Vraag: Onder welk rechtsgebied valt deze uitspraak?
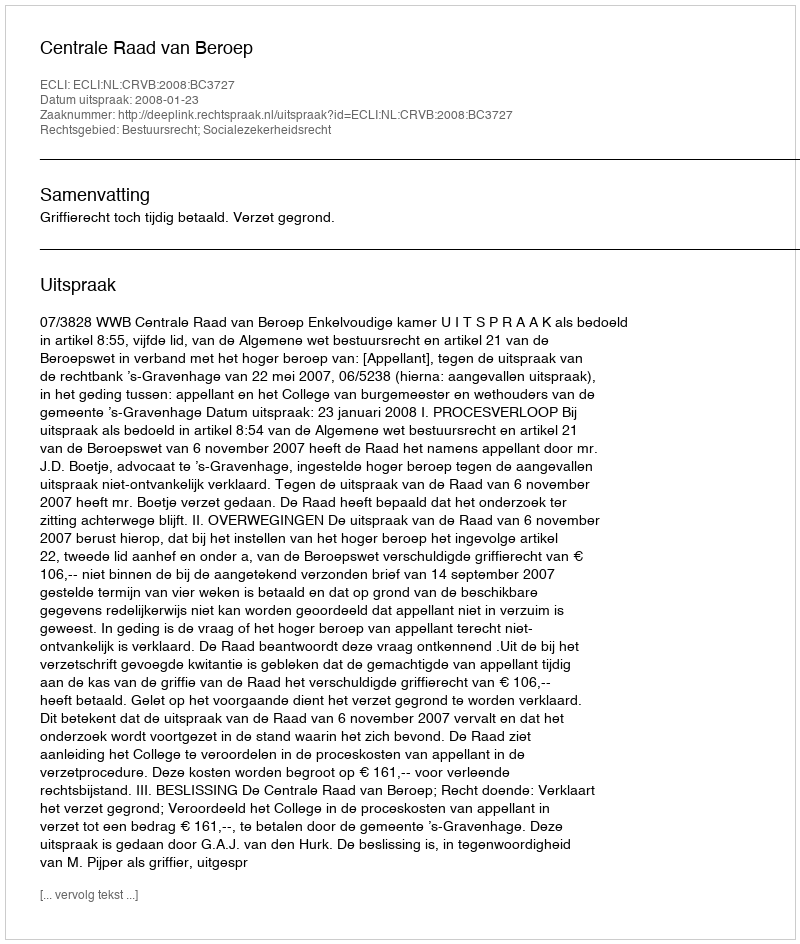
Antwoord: Bestuursrecht; Socialezekerheidsrecht